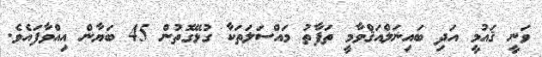
ވަނީ ޤައުމީ އަދި ބައިނަލްއަޤްވާމީ ތަފާތު މައްސަލަތަކާ ގުޅޭގޮތުން 45 ބަޔާން އިއްވާފައެވެ.